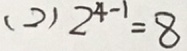
( 2 ) 2 ^ { 4 - 1 } = 8